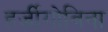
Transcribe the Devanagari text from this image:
हर्जीगोविना